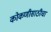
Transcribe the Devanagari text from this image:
कोकणीसाठीचा